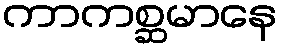
ကာကစ္ဆမာနေ